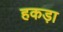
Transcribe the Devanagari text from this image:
हकड़ा